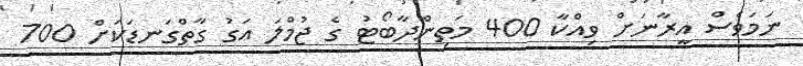
ނަމަވެސް އީރާނަށް ވިއްކާ 400 މަތިންދާބޯޓު ގެ ޖުމްލަ އަގު ގާތްގަނޑަކަށް 700